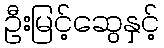
ဦးမြင့်ဆွေနှင့်